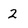
Character: 2